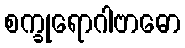
စက္ခုရောဂါဗာဓော